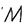
Character: M